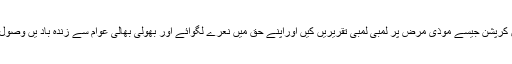
پاکستان میں آنے والی ہرحکومت نے کرپشن کے خاتمے کا وعدہ کیا،جلسے جلوسوں میں کرپشن جیسے موذی مرض پر لمبی لمبی تقریریں کیں اوراپنے حق میں نعرے لگوائے اور بھولی بھالی عوام سے زندہ باد یں وصول کیں مگر کرپشن کے ناسور کو ختم کرنے کی بجائے خود کرپشن میں ملوث پائے گئے۔